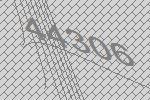
44306